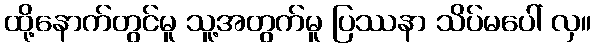
ထို့နောက်တွင်မူ သူ့အတွက်မူ ပြဿနာ သိပ်မပေါ် လှ။